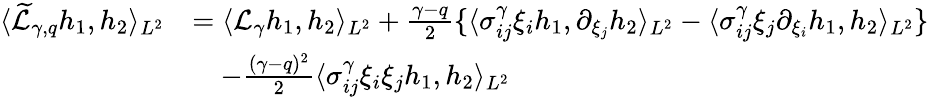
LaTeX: \begin{array}{rl}{\langle\widetilde{\mathcal L}_{\gamma,q}h_{1},h_{2}\rangle_{L^{2}}}&{=\langle\mathcal L_{\gamma}h_{1},h_{2}\rangle_{L^{2}}+\frac{\gamma-q}{2}\{ \langle\sigma_{ij}^{\gamma}\xi_{i}h_{1},\partial_{\xi_{j}}h_{2}\rangle_{L^{2}}-\langle\sigma_{ij}^{\gamma}\xi_{j}\partial_{\xi_{i}}h_{1},h_{2}\rangle_{L^{2}}\} }\\ &{\quad-\frac{(\gamma-q)^{2}}{2}\langle\sigma_{ij}^{\gamma}\xi_{i}\xi_{j}h_{1},h_{2}\rangle_{L^{2}}}\end{array}